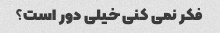
فکر نمی کنی خیلی دور است؟